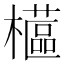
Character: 櫙